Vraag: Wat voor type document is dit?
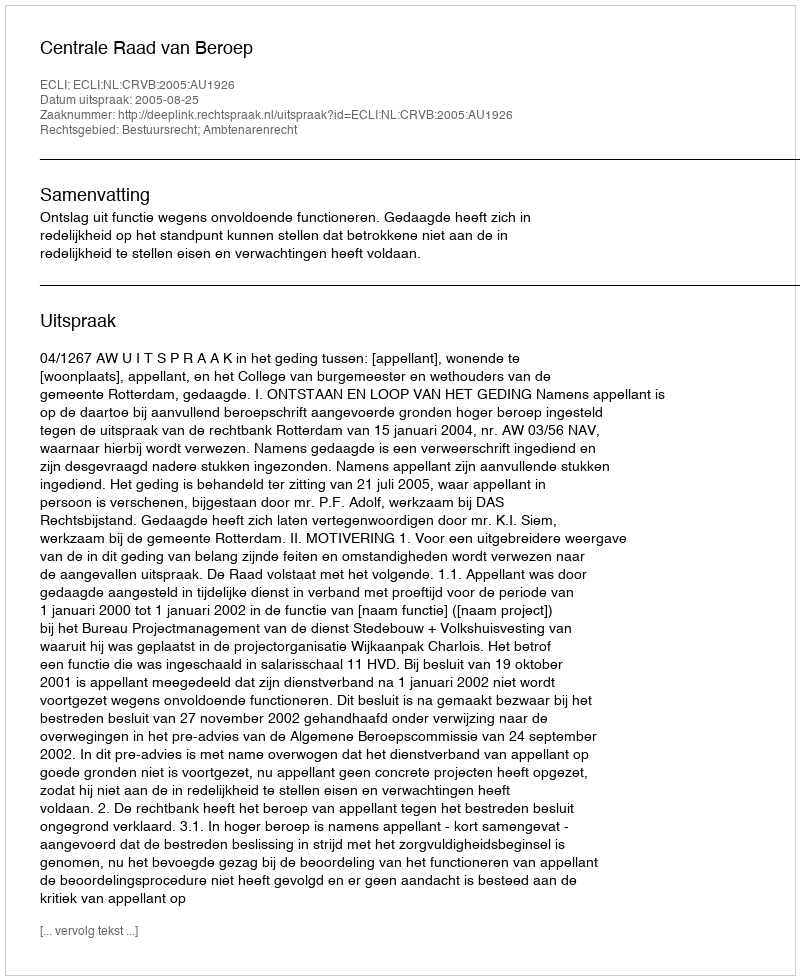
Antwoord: Uitspraak